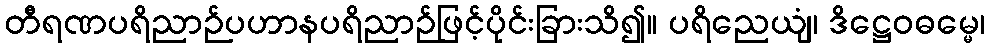
တီရဏပရိညာဉ်ပဟာနပရိညာဉ်ဖြင့်ပိုင်းခြားသိ၍။ ပရိညေယျံ၊ ဒိဋ္ဌေဝဓမ္မေ၊